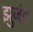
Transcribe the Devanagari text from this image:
झुजंत